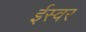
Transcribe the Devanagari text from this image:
ईस्वर